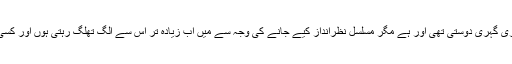
اپنی بڑی بہن سے میری گہری دوستی تھی اور ہے مگر مسلسل نظرانداز کیے جانے کی وجہ سے میں اب زیادہ تر اس سے الگ تھلگ رہتی ہوں اور کسی سے بات نہیں کرتی۔